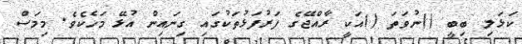
ކަޅަލި ބިބީ ()ނުވަތަ ()އަކީ ރާއްޖޭގެ ފަރުފަޅުތަކުގައި ގިނައިން އުޅޭ މަހެކެވެ. މިމަސް